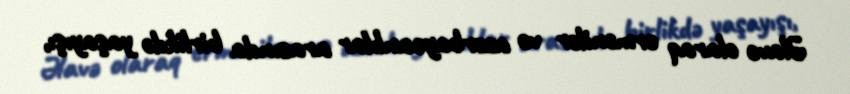
Əlavə olaraq ermənilər və azərbaycanlılar arasında birlikdə yaşayışı,